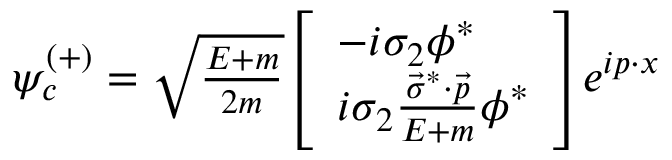
\psi _ { c } ^ { ( + ) } = \textstyle { \sqrt { \frac { E + m } { 2 m } } } { \left[ \begin{array} { l } { - i \sigma _ { 2 } \phi ^ { * } } \\ { i \sigma _ { 2 } { \frac { { \vec { \sigma } } ^ { * } \cdot { \vec { p } } } { E + m } } \phi ^ { * } } \end{array} \right] } e ^ { i p \cdot x }